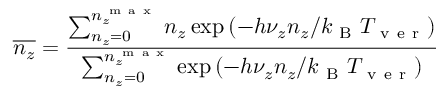
\overline { { n _ { z } } } = \frac { \sum _ { n _ { z } = 0 } ^ { n _ { z } ^ { \mathrm { ~ m ~ a ~ x ~ } } } n _ { z } \exp { ( - h \nu _ { z } n _ { z } / k _ { \mathrm { ~ B ~ } } T _ { \mathrm { ~ v ~ e ~ r ~ } } ) } } { \sum _ { n _ { z } = 0 } ^ { n _ { z } ^ { \mathrm { ~ m ~ a ~ x ~ } } } \exp { ( - h \nu _ { z } n _ { z } / k _ { \mathrm { ~ B ~ } } T _ { \mathrm { ~ v ~ e ~ r ~ } } ) } }